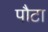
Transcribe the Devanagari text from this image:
पौटा